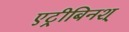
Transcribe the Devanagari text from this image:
एट्रीबिनश्